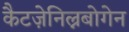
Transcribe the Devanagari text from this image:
कैटज़ेनिल्नबोगेन